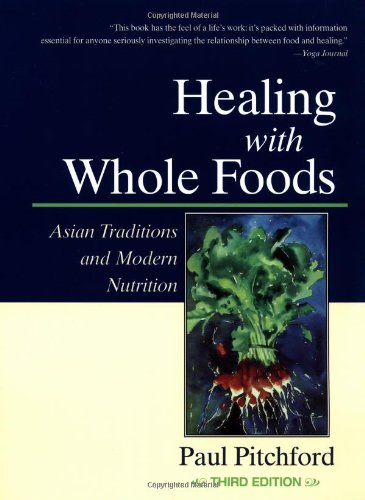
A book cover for Healing With Whole Foods: Asian Traditions and Modern Nutrition (3rd Edition); Paul Pitchford; Cookbooks, Food & Wine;